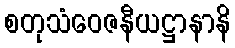
စတုသံဝေဇနီယဋ္ဌာနာနိ